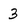
Character: 3